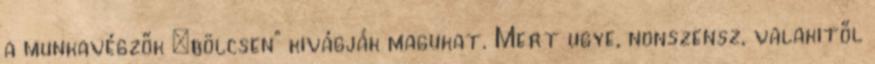
a munkavégzők „bölcsen” kivágják magukat. Mert ugye, nonszensz, valakitől